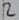
Text: 2